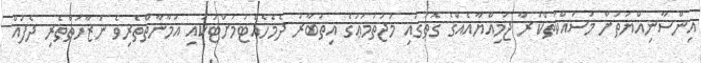
އިންސާނިއްޔަތަށް މަސައްކަތްކުރާ ޖަމިއްޔާއެއްގެ ގޮތުގައި މުޖުތަމަޢުގެ އިތުބާރު ދެމެހެއްޓުމަށްޓަކައި އަމާނާތްތެރިވެ ނަޒާހަތްތެރި ދެފުއް